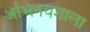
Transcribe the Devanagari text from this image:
अभिनयशाला